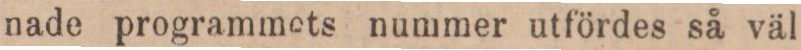
nade programmets nummer utfördes så väl